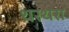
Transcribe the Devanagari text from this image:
थरथरा